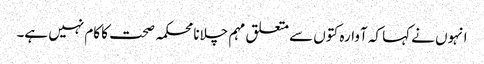
انہوں نے کہا کہ آوارہ کتوں سے متعلق مہم چلانا محکمہ صحت کا کام نہیں ہے۔